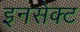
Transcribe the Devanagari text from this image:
इनसेक्ट